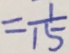
= \frac { 1 } { 1 5 }